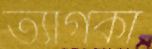
ত্যাগকা